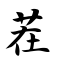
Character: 茬